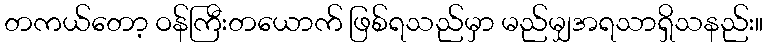
တကယ်တော့ ဝန်ကြီးတယောက် ဖြစ်ရသည်မှာ မည်မျှအရသာရှိသနည်း။